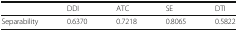
<table><thead><tr><td></td><td><b>DDI</b></td><td><b>ATC</b></td><td><b>SE</b></td><td><b>DTI</b></td></tr></thead><tbody><tr><td>Separability</td><td>0.6370</td><td>0.7218</td><td>0.8065</td><td>0.5822</td></tr></tbody></table>